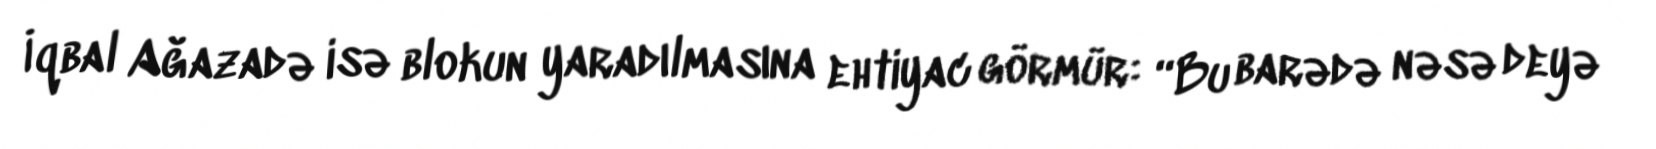
İqbal Ağazadə isə blokun yaradılmasına ehtiyac görmür: “Bu barədə nəsə deyə